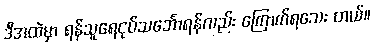
ဒီအထဲမှာ ရန်သူရေငုပ်သင်္ဘောရန်လည်း ကြောက်ရသေး တယ်။